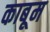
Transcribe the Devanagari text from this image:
काबूम